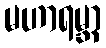
မဟာရမ္ဘာ